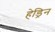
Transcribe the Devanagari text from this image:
हेड्रिन